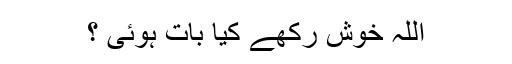
اللہ خوش رکھے کیا بات ہوئی ؟